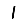
Digit: 1